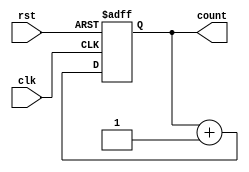
module top(input wire clk,rst,output reg count);

always @(posedge clk or posedge rst)begin
	if(rst)
		count <= 0;
	else
		count <= count + 1'b1;
end

endmodule